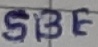
Text: SBE